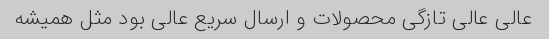
عالی عالی تازگی محصولات و ارسال سریع عالی بود مثل همیشه